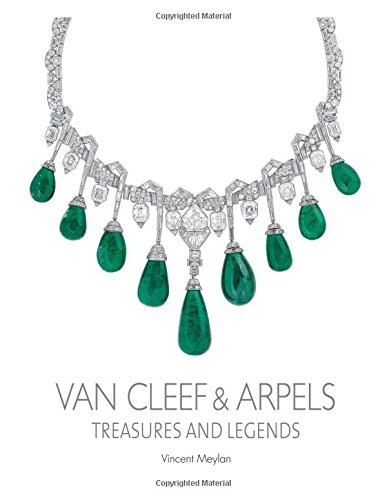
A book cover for Van Cleef & Arpels: Treasures and Legends; Vincent Meylan; Crafts, Hobbies & Home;